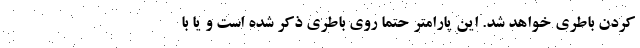
کردن باطری خواهد شد. این پارامتر حتما روی باطری ذکر شده است و یا با